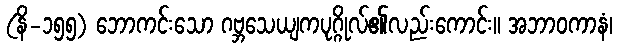
(နိ-၁၅၅) ဘောကင်းသော ဂဗ္ဘသေယျကပုဂ္ဂိုလ်၏လည်းကောင်း။ အဘာဝကာနံ၊